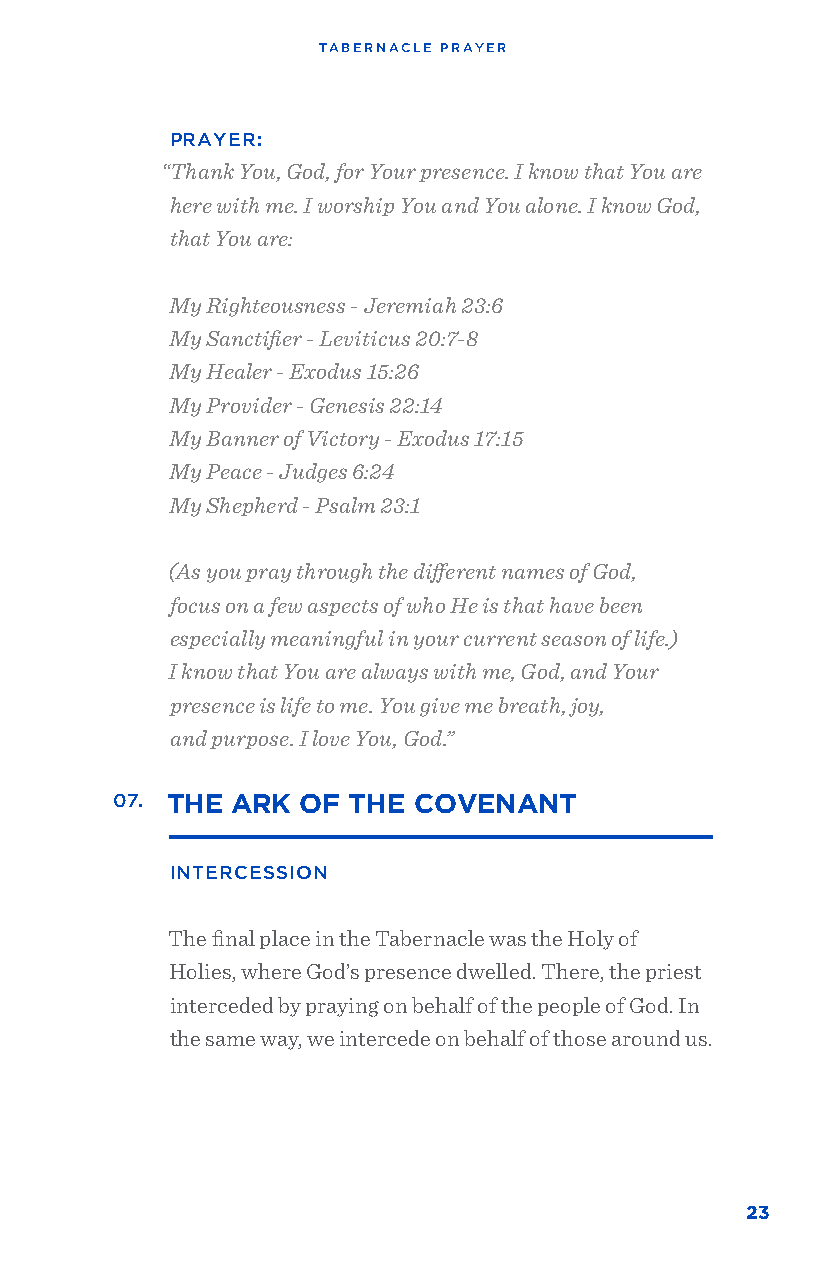
TABERNACLE PRAYER
 PRAYER:
 “Thank You, God, for Your presence. I know that You are
 here with me. I worship You and You alone. I know God,
 that You are:
 My Righteousness - Jeremiah 23:6
 My Sanctifier - Leviticus 20:7-8
 My Healer - Exodus 15:26
 My Provider - Genesis 22:14
 My Banner of Victory - Exodus 17:15
 My Peace - Judges 6:24
 My Shepherd - Psalm 23:1
 (As you pray through the different names of God,
 focus on a few aspects of who He is that have been
 especially meaningful in your current season of life.)
 I know that You are always with me, God, and Your
 presence is life to me. You give me breath, joy,
 and purpose. I love You, God.”
 07. THE ARK  OF THE COVENANT
 INTERCESSION
 The final place in the Tabernacle was the Holy of
 Holies, where God’s presence dwelled. There, the priest
 interceded by praying on behalf of the people of God. In
 the same way, we intercede on behalf of those around us.
 23